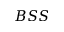
B S S